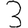
Digit: 3